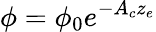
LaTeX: \phi=\phi_{0}e^{-A_{c}z_{e}}